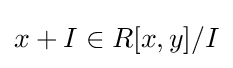
x+I\in R[x,y]/I